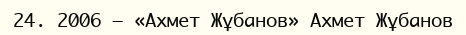
24. 2006 — «Ахмет Жұбанов» Ахмет Жұбанов